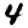
Digit: 4